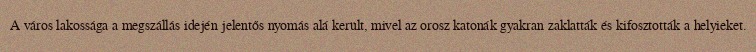
A város lakossága a megszállás idején jelentős nyomás alá került, mivel az orosz katonák gyakran zaklatták és kifosztották a helyieket.